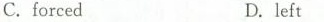
C.forcedD. left